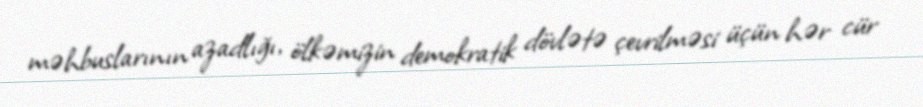
məhbuslarının azadlığı, ölkəmizin demokratik dövlətə çevrilməsi üçün hər cür